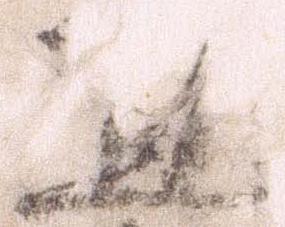
置